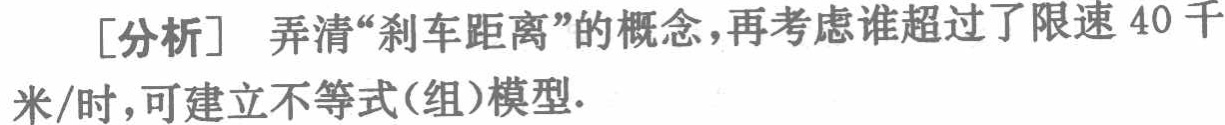
[分析] 弄清“刹车距离”的概念，再考虑谁超过了限速 40 千米/时，可建立不等式(组)模型.